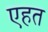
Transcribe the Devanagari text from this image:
एहत